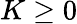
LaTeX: K\ge 0